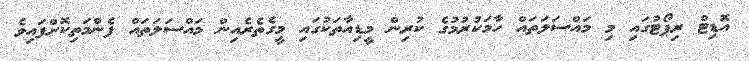
އޮޑިޓް ރިޕޯޓުގައި މި މައްސަލަތައް ހާމަކުރުމުގެ ކުރިން މީޑިއާތަކުގައި މީގެތެރެއިން މައްސަލަތައް ފެންމަތިކޮށްފައިވެ